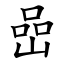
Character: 嵒